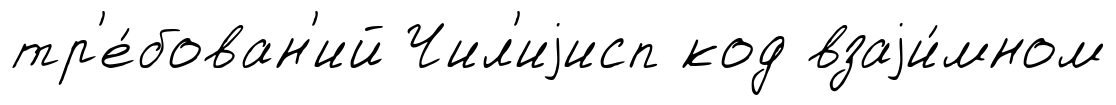
тр'е́бован'ий Чил'иjисп код взаjи́мном